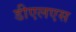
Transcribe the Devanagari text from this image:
डीएलएस